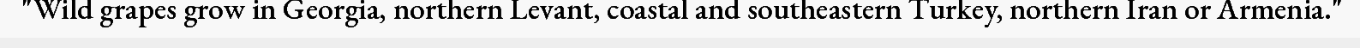
"Wild grapes grow in Georgia, northern Levant, coastal and southeastern Turkey, northern Iran or Armenia."